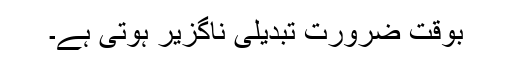
بوقت ضرورت تبدیلی ناگزیر ہوتی ہے۔